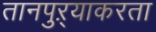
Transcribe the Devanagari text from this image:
तानपुऱ्याकरता